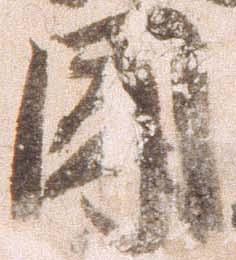
聞